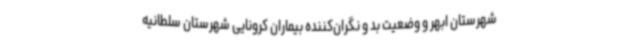
شهرستان ابهر و وضعیت بد و نگران‌کننده بیماران کرونایی شهرستان سلطانیه